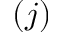
( j )